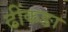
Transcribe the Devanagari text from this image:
ढींकङा